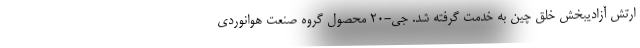
ارتش آزادیبخش خلق چین به خدمت گرفته شد. جی-20 محصول گروه صنعت هوانوردی